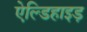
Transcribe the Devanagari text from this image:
ऐल्डिहाइड़